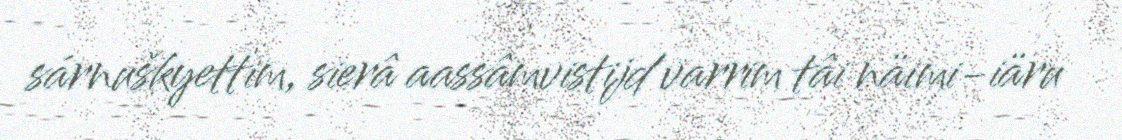
sárnuškyettim, sierâ aassâmvistijd varrim tâi näimi-iäru